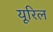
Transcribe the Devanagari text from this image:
यूरिल